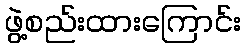
ဖွဲ့စည်းထားကြောင်း